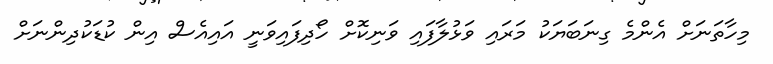
މިހާތަނަށް އެންމެ ގިނަބަޔަކު މަރައި ވަޅުލާފައި ވަނިކޮށް ހޯދިފައިވަނީ އައިއެސް އިން ކުޑަކުދިންނަށް